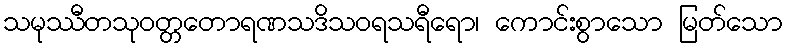
သမုဿီတသုဝတ္တတောရဏသဒိသဝရသရီရော၊ ကောင်းစွာသော မြတ်သော